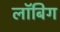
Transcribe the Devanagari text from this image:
लॉबिग